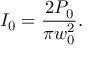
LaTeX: I _ { 0 } = { \frac { 2 P _ { 0 } } { \pi w _ { 0 } ^ { 2 } } } .